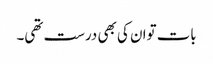
بات توان کی بھی درست تھی۔